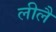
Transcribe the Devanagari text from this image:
लीलै